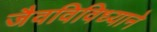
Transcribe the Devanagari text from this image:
जैवविविध्याने